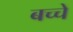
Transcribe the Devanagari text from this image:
बच्चे